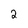
Character: 2